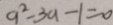
a ^ { 2 } - 3 a - 1 = 0